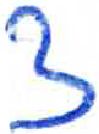
אות: ץ